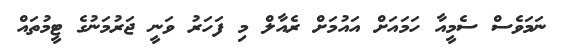
ނަމަވެސް ސެމީއާ ހަމައަށް އައުމަށް ރެއާލް މި ފަހަރު ވަނީ ޖަރުމަނުގެ ޓީމުތައް